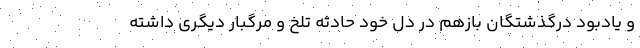
و یادبود درگذشتگان بازهم در دل خود حادثه تلخ و مرگبار دیگری داشته